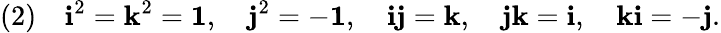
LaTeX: (2)\quad{\mathrm{\mathbf{i}}}^{2}={\mathrm{\mathbf{k}}}^{2}={\mathrm{\mathbf{1}}},\quad{\mathrm{\mathbf{j}}}^{2}=-{\mathrm{\mathbf{1}}},\quad{\mathrm{\mathbf{i}}}{\mathrm{\mathbf{j}}}={\mathrm{\mathbf{k}}},\quad{\mathrm{\mathbf{j}}}{\mathrm{\mathbf{k}}}={\mathrm{\mathbf{i}}},\quad{\mathrm{\mathbf{k}}}{\mathrm{\mathbf{i}}}=-{\mathrm{\mathbf{j}}}.